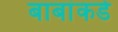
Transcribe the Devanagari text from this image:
बाबांकडे